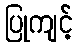
ပြုကျင့်